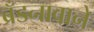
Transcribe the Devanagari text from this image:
ब्रँडनावाने